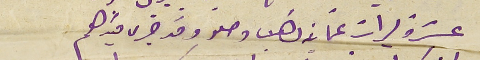
عشرة ليرات عتمانيه ذهب وصلو وقد جرى قيدهم